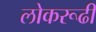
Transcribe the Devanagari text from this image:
लोकरूढी